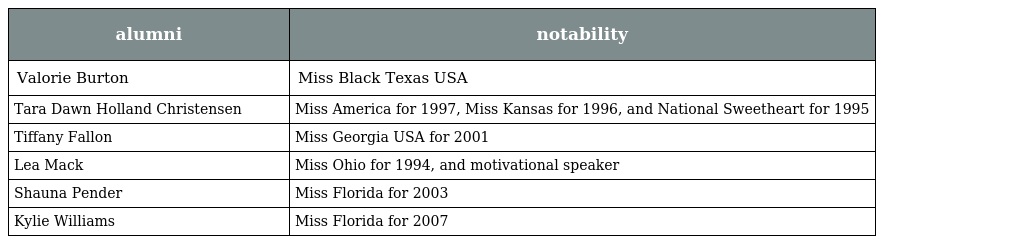
| alumni | notability |
 | --- | --- |
 | Valorie Burton | Miss Black Texas USA |
 | Tara Dawn Holland Christensen | Miss America for 1997, Miss Kansas for 1996, and National Sweetheart for 1995 |
 | Tiffany Fallon | Miss Georgia USA for 2001 |
 | Lea Mack | Miss Ohio for 1994, and motivational speaker |
 | Shauna Pender | Miss Florida for 2003 |
 | Kylie Williams | Miss Florida for 2007 |